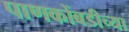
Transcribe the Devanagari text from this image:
पाणकोंबडीच्या